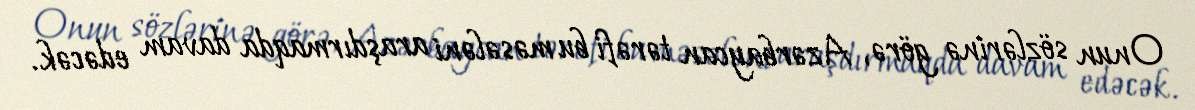
Onun sözlərinə görə, Azərbaycan tərəfi bu məsələni araşdırmaqda davam edəcək.